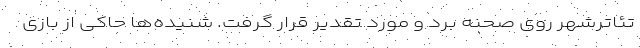
تئاترشهر روی صحنه برد و مورد تقدیر قرار گرفت. شنیده‌ها حاکی از بازی